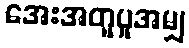
အေးအတူပူအမျှ